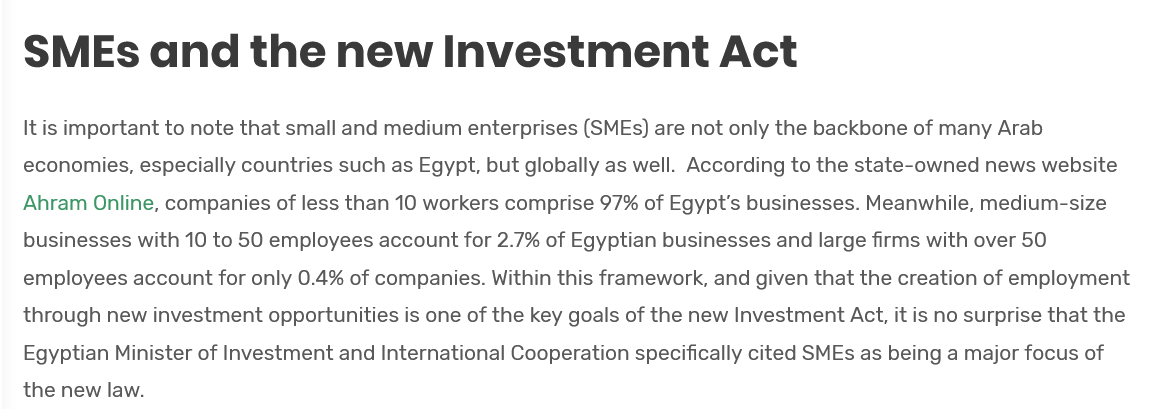
SMEs    and    the    new    Investment    Act
   It is important to note that small and medium enterprises (SMEs) are not only the backbone of many Arab
   economies, especially countries such as Egypt, but globally as well. According to the state-owned news website
   Ahram Online, companies of less than 10 workers comprise 97% of Egypt's businesses. Meanwhile, medium-size
   businesses with 10 to 50 employees account for 2.7% of Egyptian businesses and large firms with over 50
   employees account for only 0.4% of companies. Within this framework, and given that the creation of employment
   through new investment opportunities is one of the key goals of the new Investment Act, it is no surprise that the
   Egyptian Minister of Investment and International Cooperation specifically cited SMEs as being a major focus of
   the new law.